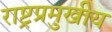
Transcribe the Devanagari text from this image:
राष्ट्रप्रमुखीय